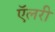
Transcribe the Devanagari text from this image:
ऍलरी